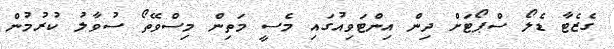
ގެޒެޓާ ޑެލޯ ސްޕޯޓަށް ދިން އިންޓަވިއުގައި މެސީ މަތިން މިސްވޭތޯ ސުވާލު ކުރުމުން